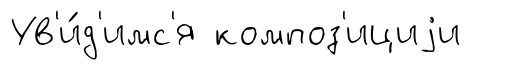
Ув'и́д'имс'я композ'ициjи